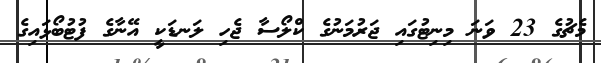
މެޗުގެ 23 ވަނަ މިނިޓުގައި ޖަރުމަނުގެ ކްލޯސާ ޖެހި ލަނޑަކީ އޭނާގެ ފުޓުބޯޅައިގެ